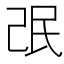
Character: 𱥩